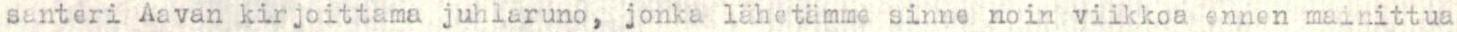
santeri Aavan kirjoittama juhlaruno, jonka lähetämme sinne noin viikkoa ennen mainittua